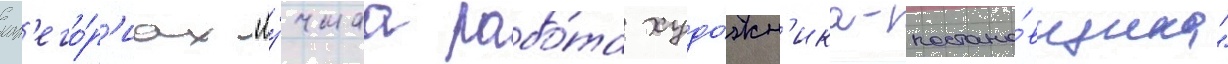
кат'его́р'иах "лу́чшаа рабо́та худо́жн'ика-постано́вщика"